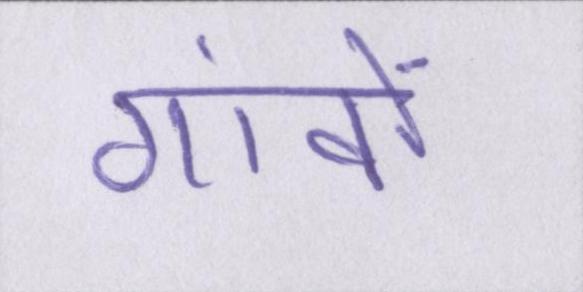
गांवों